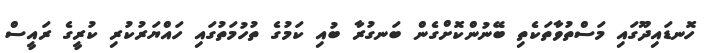
ހޮނޑައިދޫގައި މަސްތުވާތަކެތި ބޭނުންކޮށްގެން ބަނގުރާ ބުއި ކަމުގެ ތުހުމަތުގައި ހައްޔަރުކުރި ކުރީގެ ރައީސް